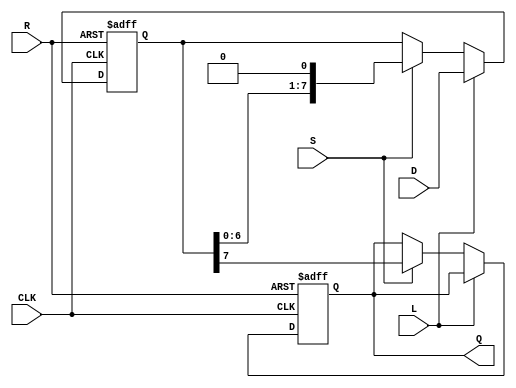
module PISO_Register #(
    parameter N = 8 // Width of the parallel data input
)(
    input wire [N-1:0] D,      // Parallel Data Input
    input wire L,               // Load signal
    input wire S,               // Shift signal
    input wire CLK,             // Clock signal
    input wire R,               // Reset signal
    output reg Q                // Serial Output
);

reg [N-1:0] shift_reg;         // Internal shift register

// Asynchronous reset and load/shifting logic
always @(posedge CLK or posedge R) begin
    if (R) begin
        // Asynchronous reset
        shift_reg <= {N{1'b0}};  // Clear all bits to 0
        Q <= 1'b0;               // Ensure Q is also reset
    end else begin
        if (L) begin
            // Load data into the shift register
            shift_reg <= D;      // Load parallel data into shift_reg
        end else if (S) begin
            // Shift logic, output MSB to Q
            Q <= shift_reg[N-1]; // Output the MSB to Q
            shift_reg <= {shift_reg[N-2:0], 1'b0}; // Shift right and fill LSB with 0
        end
    end
end

endmodule